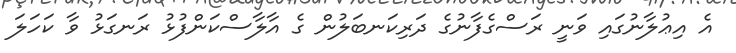
އެ އިޢުލާނުގައި ވަނީ ރަސްގެފާނުގެ ދަރިކަނބަލުން ގެ އާލާސްކަންފުޅު ރަނގަޅު ވާ ކަހަލަ